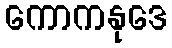
ကောကနုဒေ